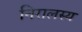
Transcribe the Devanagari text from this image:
निरालस्य